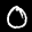
Label: 0